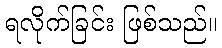
ရလိုက်ခြင်း ဖြစ်သည်။